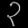
Digit: ၃